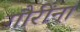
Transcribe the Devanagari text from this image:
गौरींना